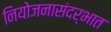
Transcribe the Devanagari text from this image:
नियोजनासंदर्भात